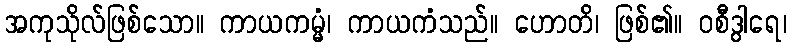
အကုသိုလ်ဖြစ်သော။ ကာယကမ္မံ၊ ကာယကံသည်။ ဟောတိ၊ ဖြစ်၏။ ဝစီဒွါရေ၊